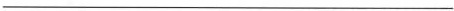
___